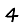
Digit: 4